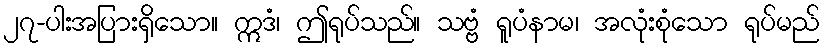
၂၇-ပါးအပြားရှိသော။ ဣဒံ၊ ဤရုပ်သည်။ သဗ္ဗံ ရူပံနာမ၊ အလုံးစုံသော ရုပ်မည်